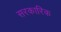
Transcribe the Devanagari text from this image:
सरकारिक